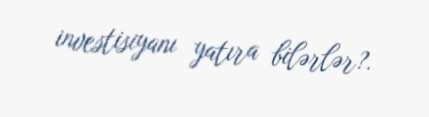
investisiyanı yatıra bilərlər?.